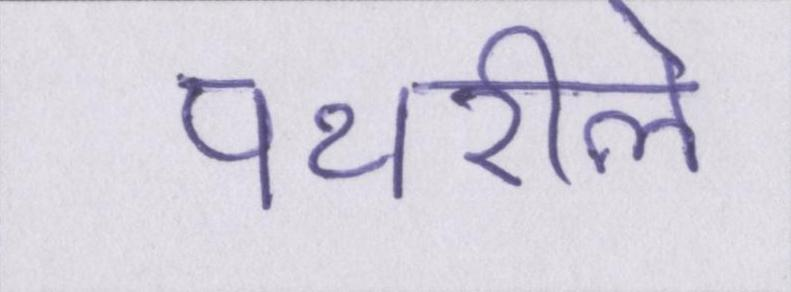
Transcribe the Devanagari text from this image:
पथरीले